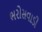
ભરોસવાડી